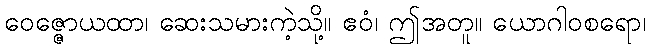
ဝေဇ္ဇောယထာ၊ ဆေးသမားကဲ့သို့။ ဧဝံ၊ ဤအတူ။ ယောဂါဝစရော၊